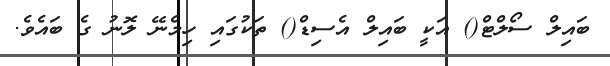
ބައިލް ސޯލްޓް() އަކީ ބައިލް އެސިޑް() ތަކުގައި ހިމެނޭ ލޮނު ގެ ބައެވެ.